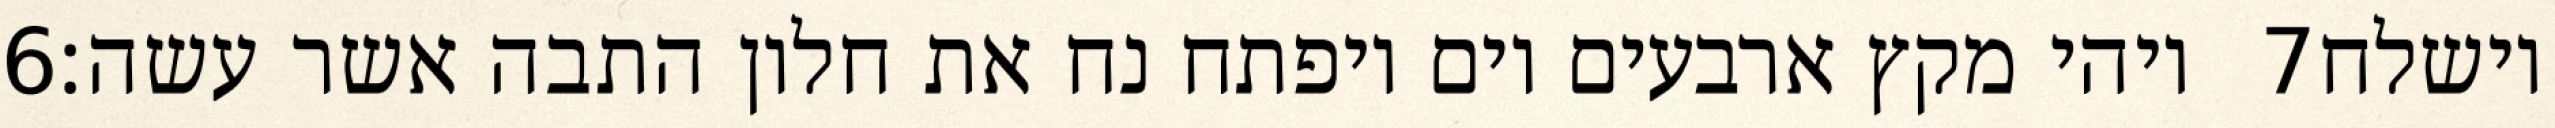
‎6‏ ויהי מקץ ארבעים יום ויפתח נח את חלון התבה אשר עשה׃ ‎7‏ וישלח